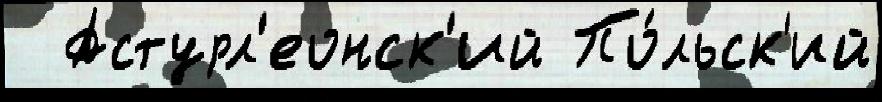
  Астурл'еонск'ий По́льск'ий